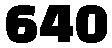
640